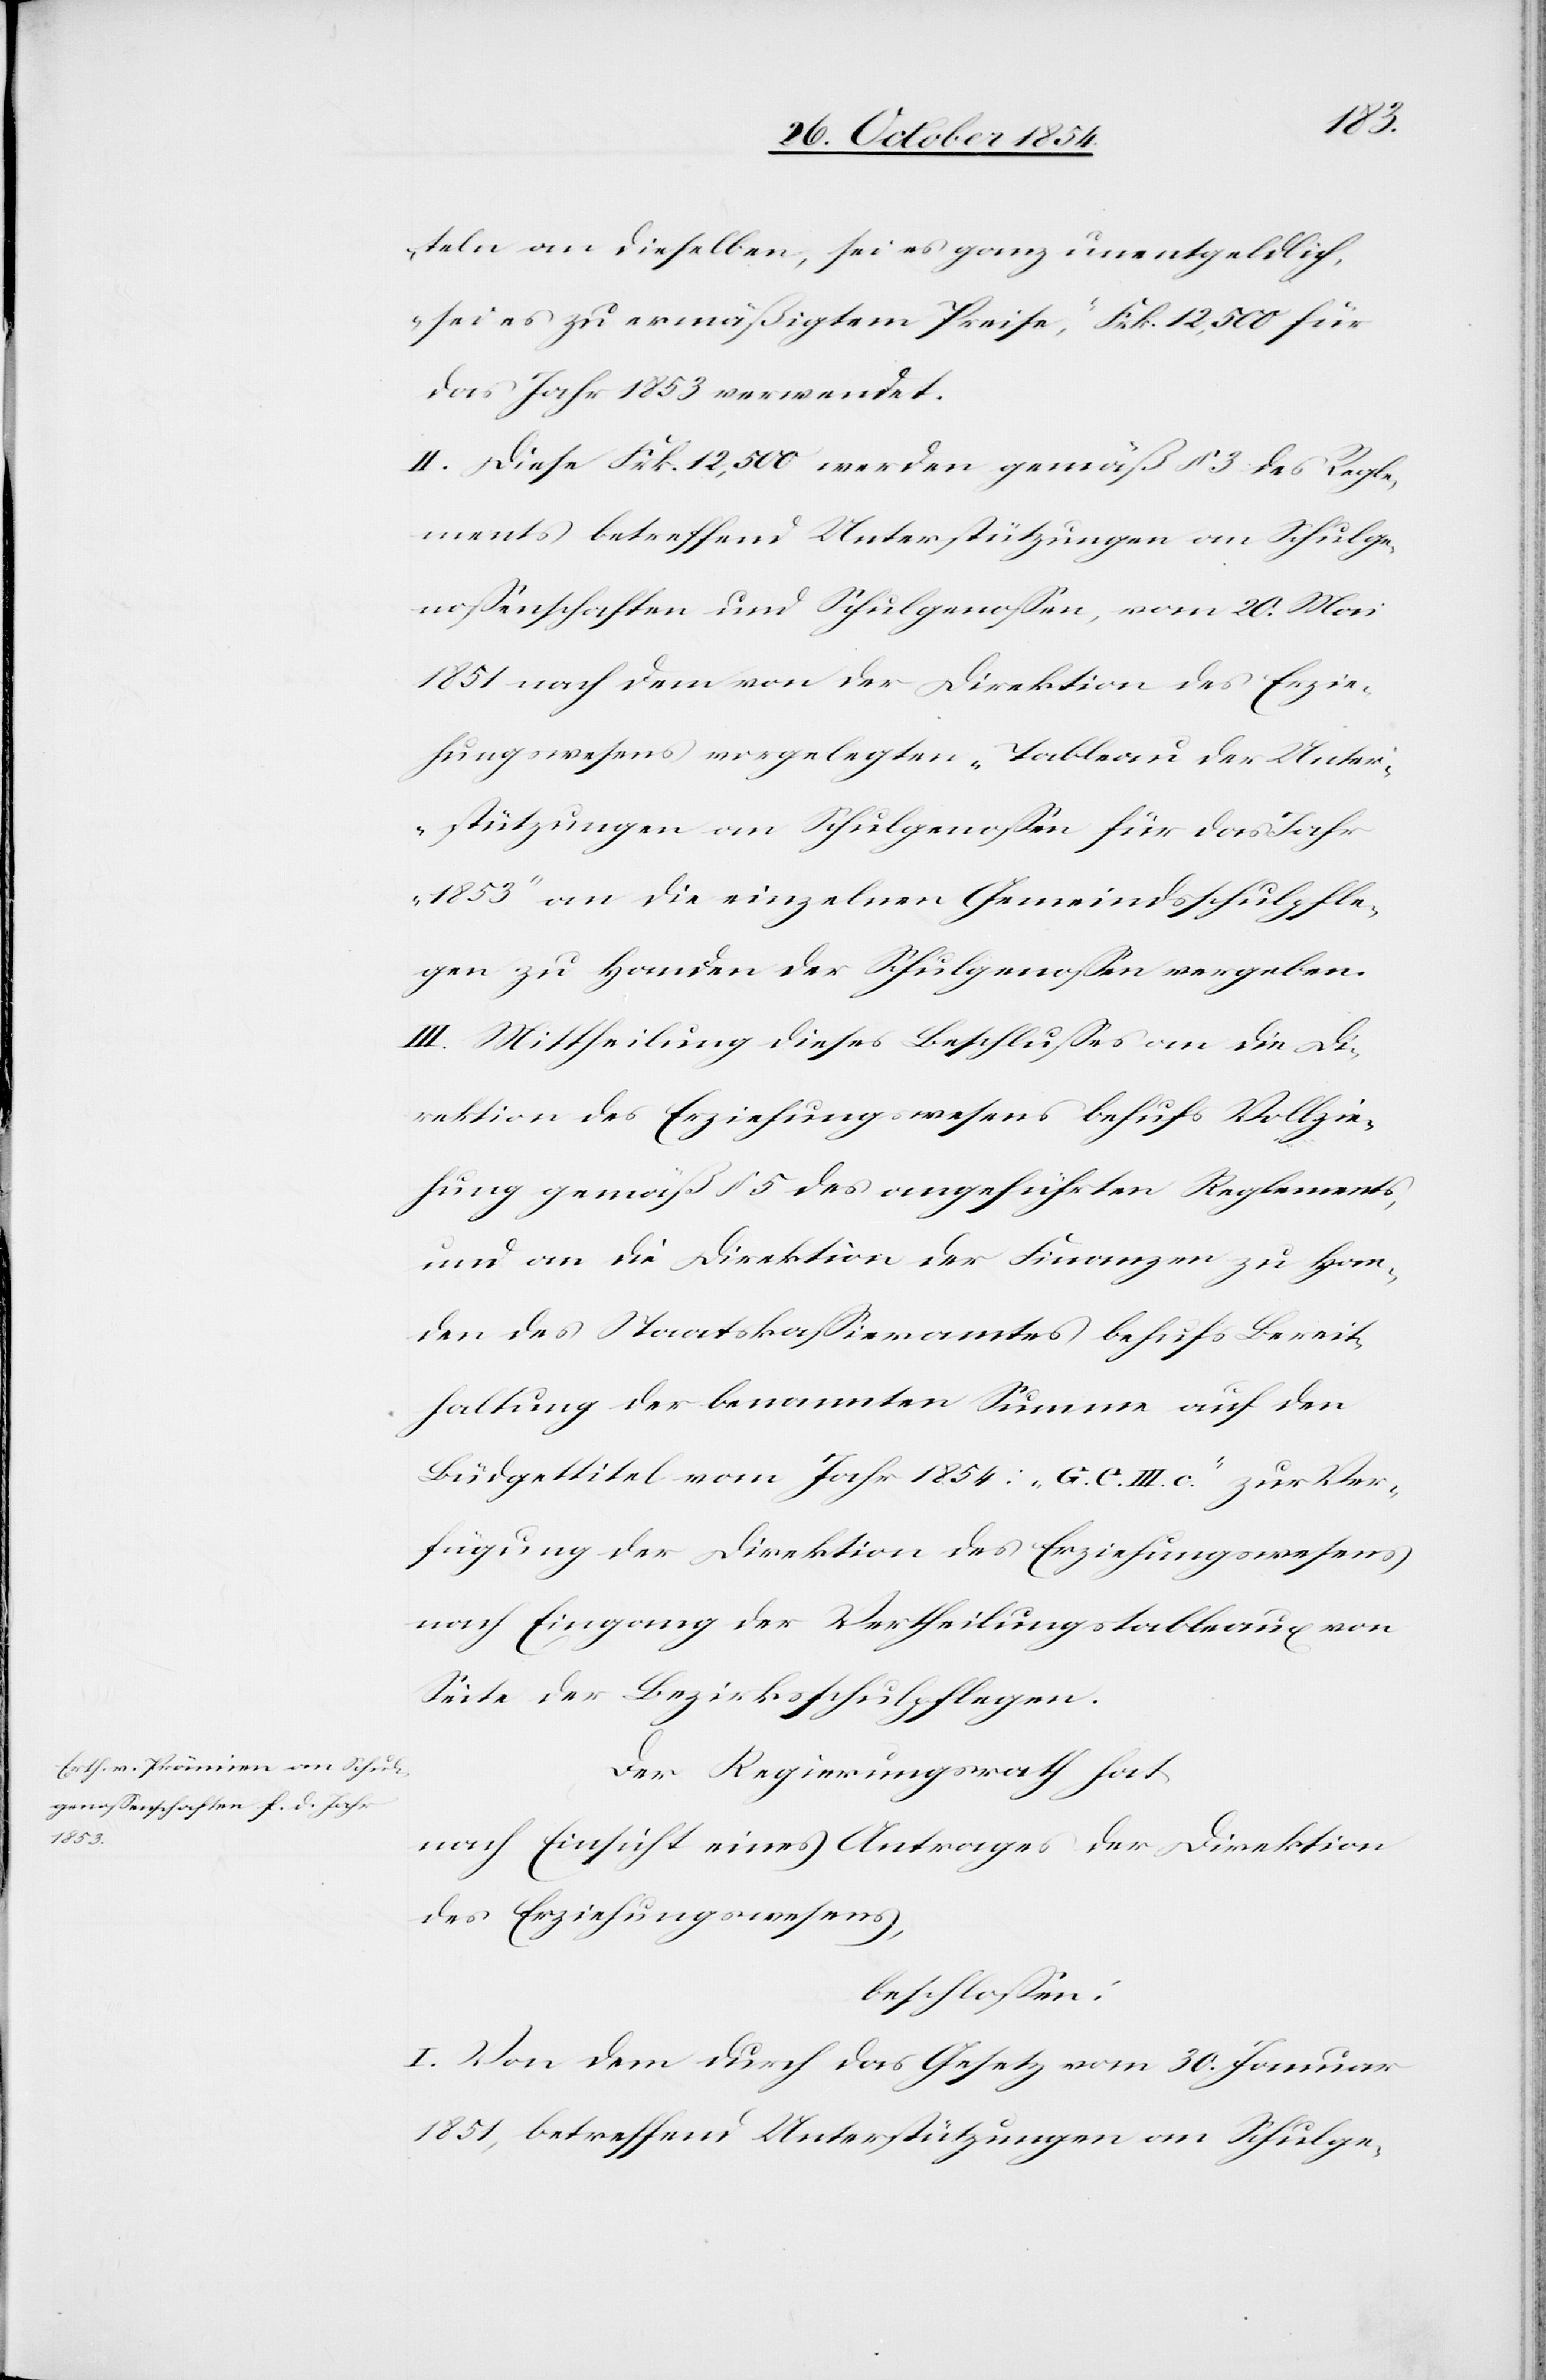
teln an dieselben, sei es ganz unentgeldlich,
sei es zu ermäßigtem Preise“, Frk. 12,500 für
das Jahr 1853 verwendet.
II. Diese Frk. 12,500 werden gemäß § 3 des Regle¬
ments betreffend Unterstützungen an Schulge¬
noßenschaften und Schulgenoßen, vom 20. Mai
1851 nach dem von der Direktion des Erzie¬
hungswesens vorgelegten „Tableau der Unter¬
stützungen an Schulgenoßen für das Jahr
1853“ an die einzelnen Gemeindsschulpfle¬
gen zu Handen der Schulgenoßen vergeben.
III. Mittheilung dieses Beschlußes an die Di¬
rektion des Erziehungswesens behufs Vollzie¬
hung gemäß § 5 des angeführten Reglements,
und an die Direktion der Finanzen zu Han¬
den des Staatskaßieramtes behufs Bereit¬
haltung der benannten Summe auf den
Büdgettitel vom Jahr 1854: „G. C. III. c.“ zur Ver¬
fügung der Direktion des Erziehungswesens
nach Eingang der Vertheilungstableaux von
Seite der Bezirksschulpflegen.
Der Regierungsrath hat
nach Einsicht eines Antrages der Direktion
des Erziehungswesens,
beschloßen
I. Von dem durch das Gesetz vom 30. Januar
1951, betreffend Unterstützungen an Schulge-